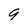
Character: 9